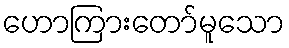
ဟောကြားတော်မူသော